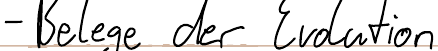
- Belege der Evolution